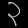
Digit: ၃